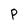
Character: P